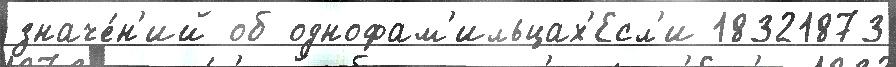
значе́н'ий об однофам'ильцах'Есл'и 18321873